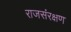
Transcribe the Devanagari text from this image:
राजसंरक्षण